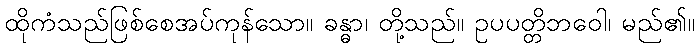
ထိုကံသည်ဖြစ်စေအပ်ကုန်သော။ ခန္ဓာ၊ တို့သည်။ ဥပပတ္တိဘဝေါ၊ မည်၏။